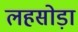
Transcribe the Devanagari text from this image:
लहसोड़ा